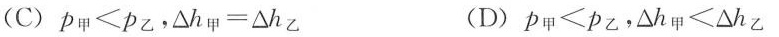
（A）P_{甲}＜P_{乙}， △ h_{甲}=△h_{乙} （B）P_{甲}＜P_{乙}， △ h_{甲}＜△h_{乙}